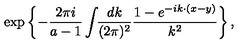
\exp \left\{ - \frac { 2 \pi i } { a - 1 } \int \! \! \frac { d k } { ( 2 \pi ) ^ { 2 } } \frac { 1 - e ^ { - i k { \cdotp } ( x - y ) } } { k ^ { 2 } } \right\} ,